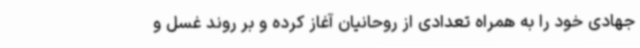
جهادی خود را به همراه تعدادی از روحانیان آغاز کرده و بر روند غسل و